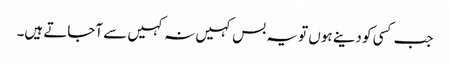
جب کسی کو دینے ہوں تو یہ بس کہیں نہ کہیں سے آجاتے ہیں۔